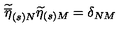
\widetilde { \overline { { \eta } } } _ { ( s ) N } \widetilde { \eta } _ { ( s ) M } = \delta _ { N M }